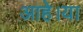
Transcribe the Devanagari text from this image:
आहे।या